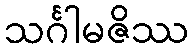
သင်္ဂါမဇိဿ